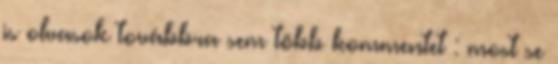
is olvasok továbbra sem több kommentet : most se